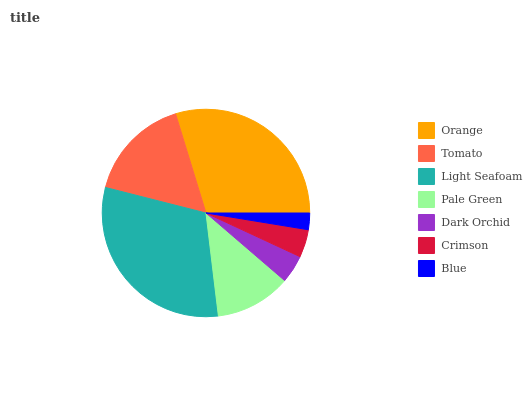
| Orange | Tomato | Light Seafoam | Pale Green | Dark Orchid | Crimson | Blue |
 | --- | --- | --- | --- | --- | --- | --- |
 | 29.8% | 16.2% | 30.9% | 11.8% | 4.38% | 4.35% | 2.58% |